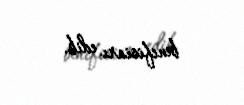
benefisiarı edib.